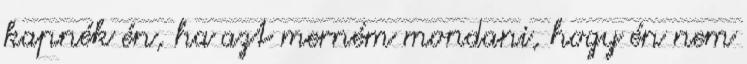
kapnék én, ha azt merném mondani, hogy én nem